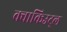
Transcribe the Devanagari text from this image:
क्वाकिउट्ल